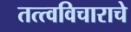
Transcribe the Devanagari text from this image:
तत्त्वविचाराचे